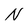
Character: N